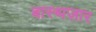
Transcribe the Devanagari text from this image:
बास्थज़ार